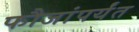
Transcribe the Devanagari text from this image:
फौजांपर्यंत